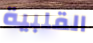
القلبية